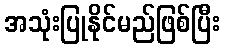
အသုံးပြုနိုင်မည်ဖြစ်ပြီး